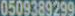
0509389299